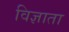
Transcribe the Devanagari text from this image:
विज्ञाता